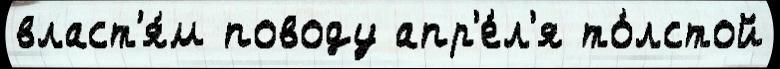
власт'я́м поводу апр'е́л'я то́лстой